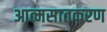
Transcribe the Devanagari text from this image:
आत्मसातकरण